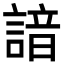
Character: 諳